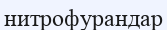
нитрофурандар